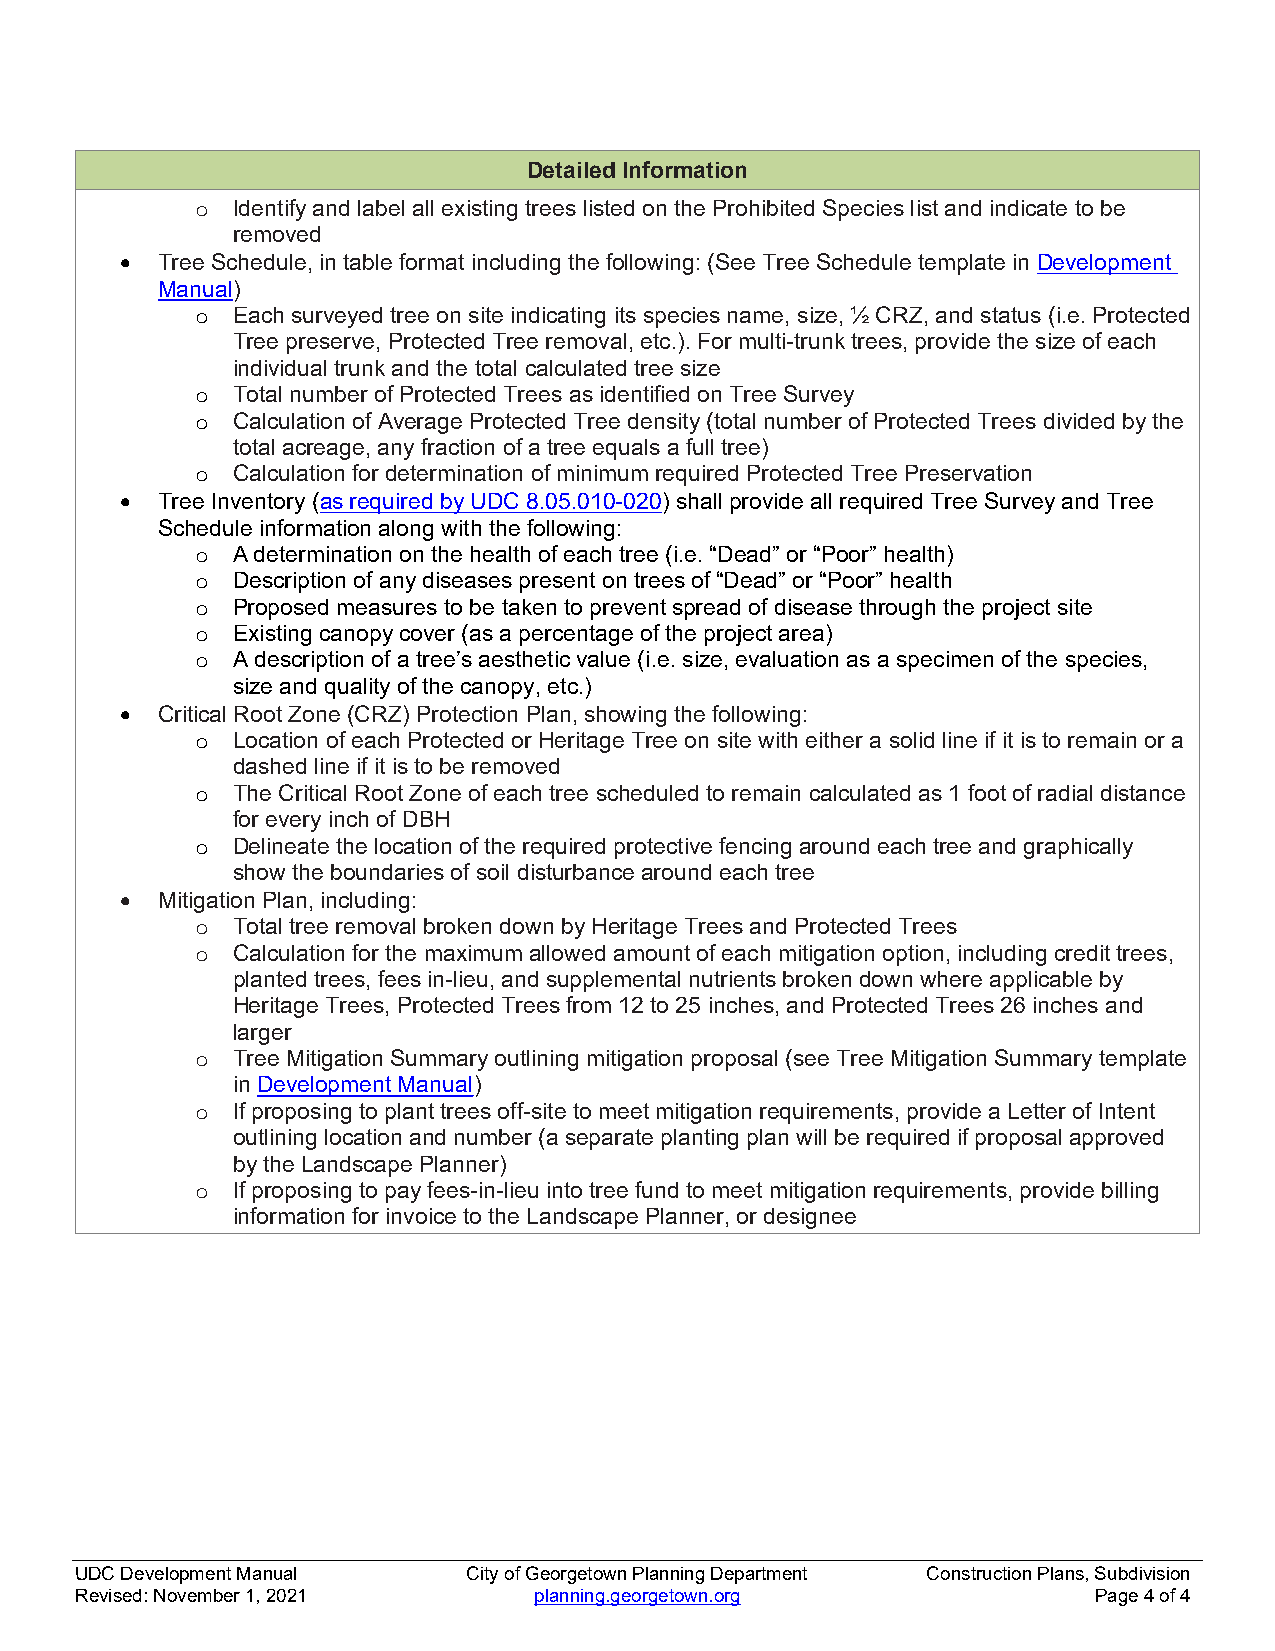
Detailed Information
 o Identify and label all existing trees listed on the Prohibited Species list and indicate to be
 removed
  Tree Schedule, in table format including the following: (See Tree Schedule template in Development
 Manual)
 o Each surveyed tree on site indicating its species name, size, ½ CRZ, and status (i.e. Protected
 Tree preserve, Protected Tree removal, etc.). For multi-trunk trees, provide the size of each
 individual trunk and the total calculated tree size
 o Total number of Protected Trees as identified on Tree Survey
 o Calculation of Average Protected Tree density (total number of Protected Trees divided by the
 total acreage, any fraction of a tree equals a full tree)
 o Calculation for determination of minimum required Protected Tree Preservation
  Tree Inventory (as required by UDC 8.05.010-020) shall provide all required Tree Survey and Tree
 Schedule information along with the following:
 o A determination on the health of each tree (i.e. “Dead” or “Poor” health)
 o Description of any diseases present on trees of “Dead” or “Poor” health
 o Proposed measures to be taken to prevent spread of disease through the project site
 o Existing canopy cover (as a percentage of the project area)
 o A description of a tree’s aesthetic value (i.e. size, evaluation as a specimen of the species,
 size and quality of the canopy, etc.)
  Critical Root Zone (CRZ) Protection Plan, showing the following:
 o Location of each Protected or Heritage Tree on site with either a solid line if it is to remain or a
 dashed line if it is to be removed
 o The Critical Root Zone of each tree scheduled to remain calculated as 1 foot of radial distance
 for every inch of DBH
 o Delineate the location of the required protective fencing around each tree and graphically
 show the boundaries of soil disturbance around each tree
  Mitigation Plan, including:
 o Total tree removal broken down by Heritage Trees and Protected Trees
 o Calculation for the maximum allowed amount of each mitigation option, including credit trees,
 planted trees, fees in-lieu, and supplemental nutrients broken down where applicable by
 Heritage Trees, Protected Trees from 12 to 25 inches, and Protected Trees 26 inches and
 larger
 o Tree Mitigation Summary outlining mitigation proposal (see Tree Mitigation Summary template
 in Development Manual)
 o If proposing to plant trees off-site to meet mitigation requirements, provide a Letter of Intent
 outlining location and number (a separate planting plan will be required if proposal approved
 by the Landscape Planner)
 o If proposing to pay fees-in-lieu into tree fund to meet mitigation requirements, provide billing
 information for invoice to the Landscape Planner, or designee
 UDC Development Manual    City of Georgetown Planning Department Construction Plans, Subdivision
 Revised: November 1, 2021     planning.georgetown.org              Page 4 of 4